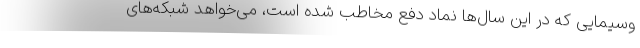
وسیمایی که در این سال‌‌ها نماد دفع مخاطب شده است، می‌خواهد شبکه‌های